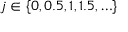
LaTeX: j \in \{ 0 , 0 . 5 , 1 , 1 . 5 , \ldots \}